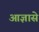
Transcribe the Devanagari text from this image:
आज्ञासे